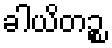
ခါယိတဉ္စ